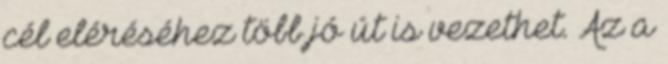
cél eléréséhez több jó út is vezethet. Az a